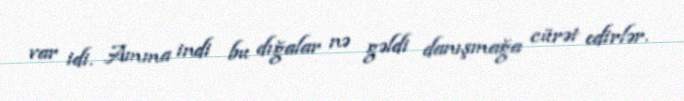
var idi. Amma indi bu dığalar nə gəldi danışmağa cürət edirlər.